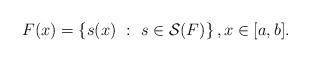
LaTeX: \begin{align*} F (x) = \left \{ s(x) \ : \ s \in\mathcal{S}(F) \right \}, x \in [a,b].\end{align*}